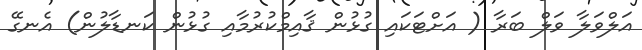
އަލްވަލާ ވަލް ބަރާ ( އަށްޓަކައި ގުޅުން ޤާއިމްކުރުމާއި ގުޅުން ކަނޑާލުން) އެނގޭ